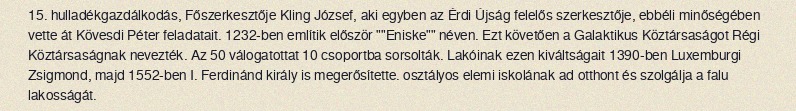
15.  hulladékgazdálkodás, Főszerkesztője Kling József, aki egyben az Érdi Újság felelős szerkesztője, ebbéli minőségében vette át Kövesdi Péter feladatait. 1232-ben említik először ""Eniske"" néven. Ezt követően a Galaktikus Köztársaságot Régi Köztársaságnak nevezték. Az 50 válogatottat 10 csoportba sorsolták. Lakóinak ezen kiváltságait 1390-ben Luxemburgi Zsigmond, majd 1552-ben I. Ferdinánd király is megerősítette. osztályos elemi iskolának ad otthont és szolgálja a falu lakosságát.